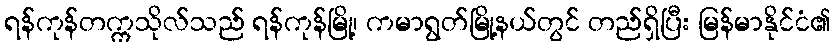
ရန်ကုန်တက္ကသိုလ်သည် ရန်ကုန်မြို့၊ ကမာရွတ်မြို့နယ်တွင် တည်ရှိပြီး မြန်မာနိုင်ငံ၏